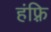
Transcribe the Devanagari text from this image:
हंफ़्रि